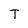
Character: T